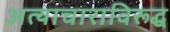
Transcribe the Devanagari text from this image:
अत्याचाराविरूद्ध